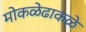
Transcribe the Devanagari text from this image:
मोकळेढाकळे